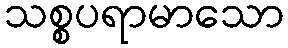
သစ္စပရာမာသော